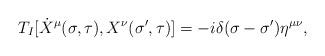
LaTeX: \begin{align*}T_I[\dot{X}^\mu (\sigma,\tau),X^\nu(\sigma',\tau)]=-i\delta (\sigma-\sigma')\eta^{\mu\nu},\end{align*}